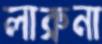
লাব্রুনা